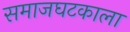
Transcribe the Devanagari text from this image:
समाजघटकाला